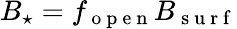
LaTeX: B_{\star}=f_{\mathrm{~o~p~e~n~}}B_{\mathrm{~s~u~r~f~}}